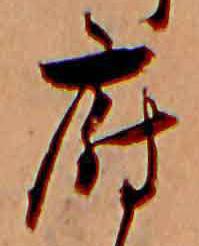
府